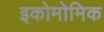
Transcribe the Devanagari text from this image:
इकोमोमिक